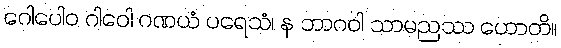
ဂေါပေါဝ ဂါဝေါ ဂဏယံ ပရေသံ၊ န ဘာဂဝါ သာမညဿ ဟောတိ။